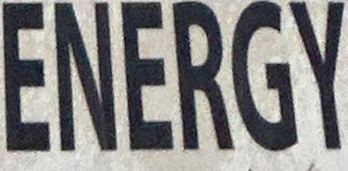
ENERGY